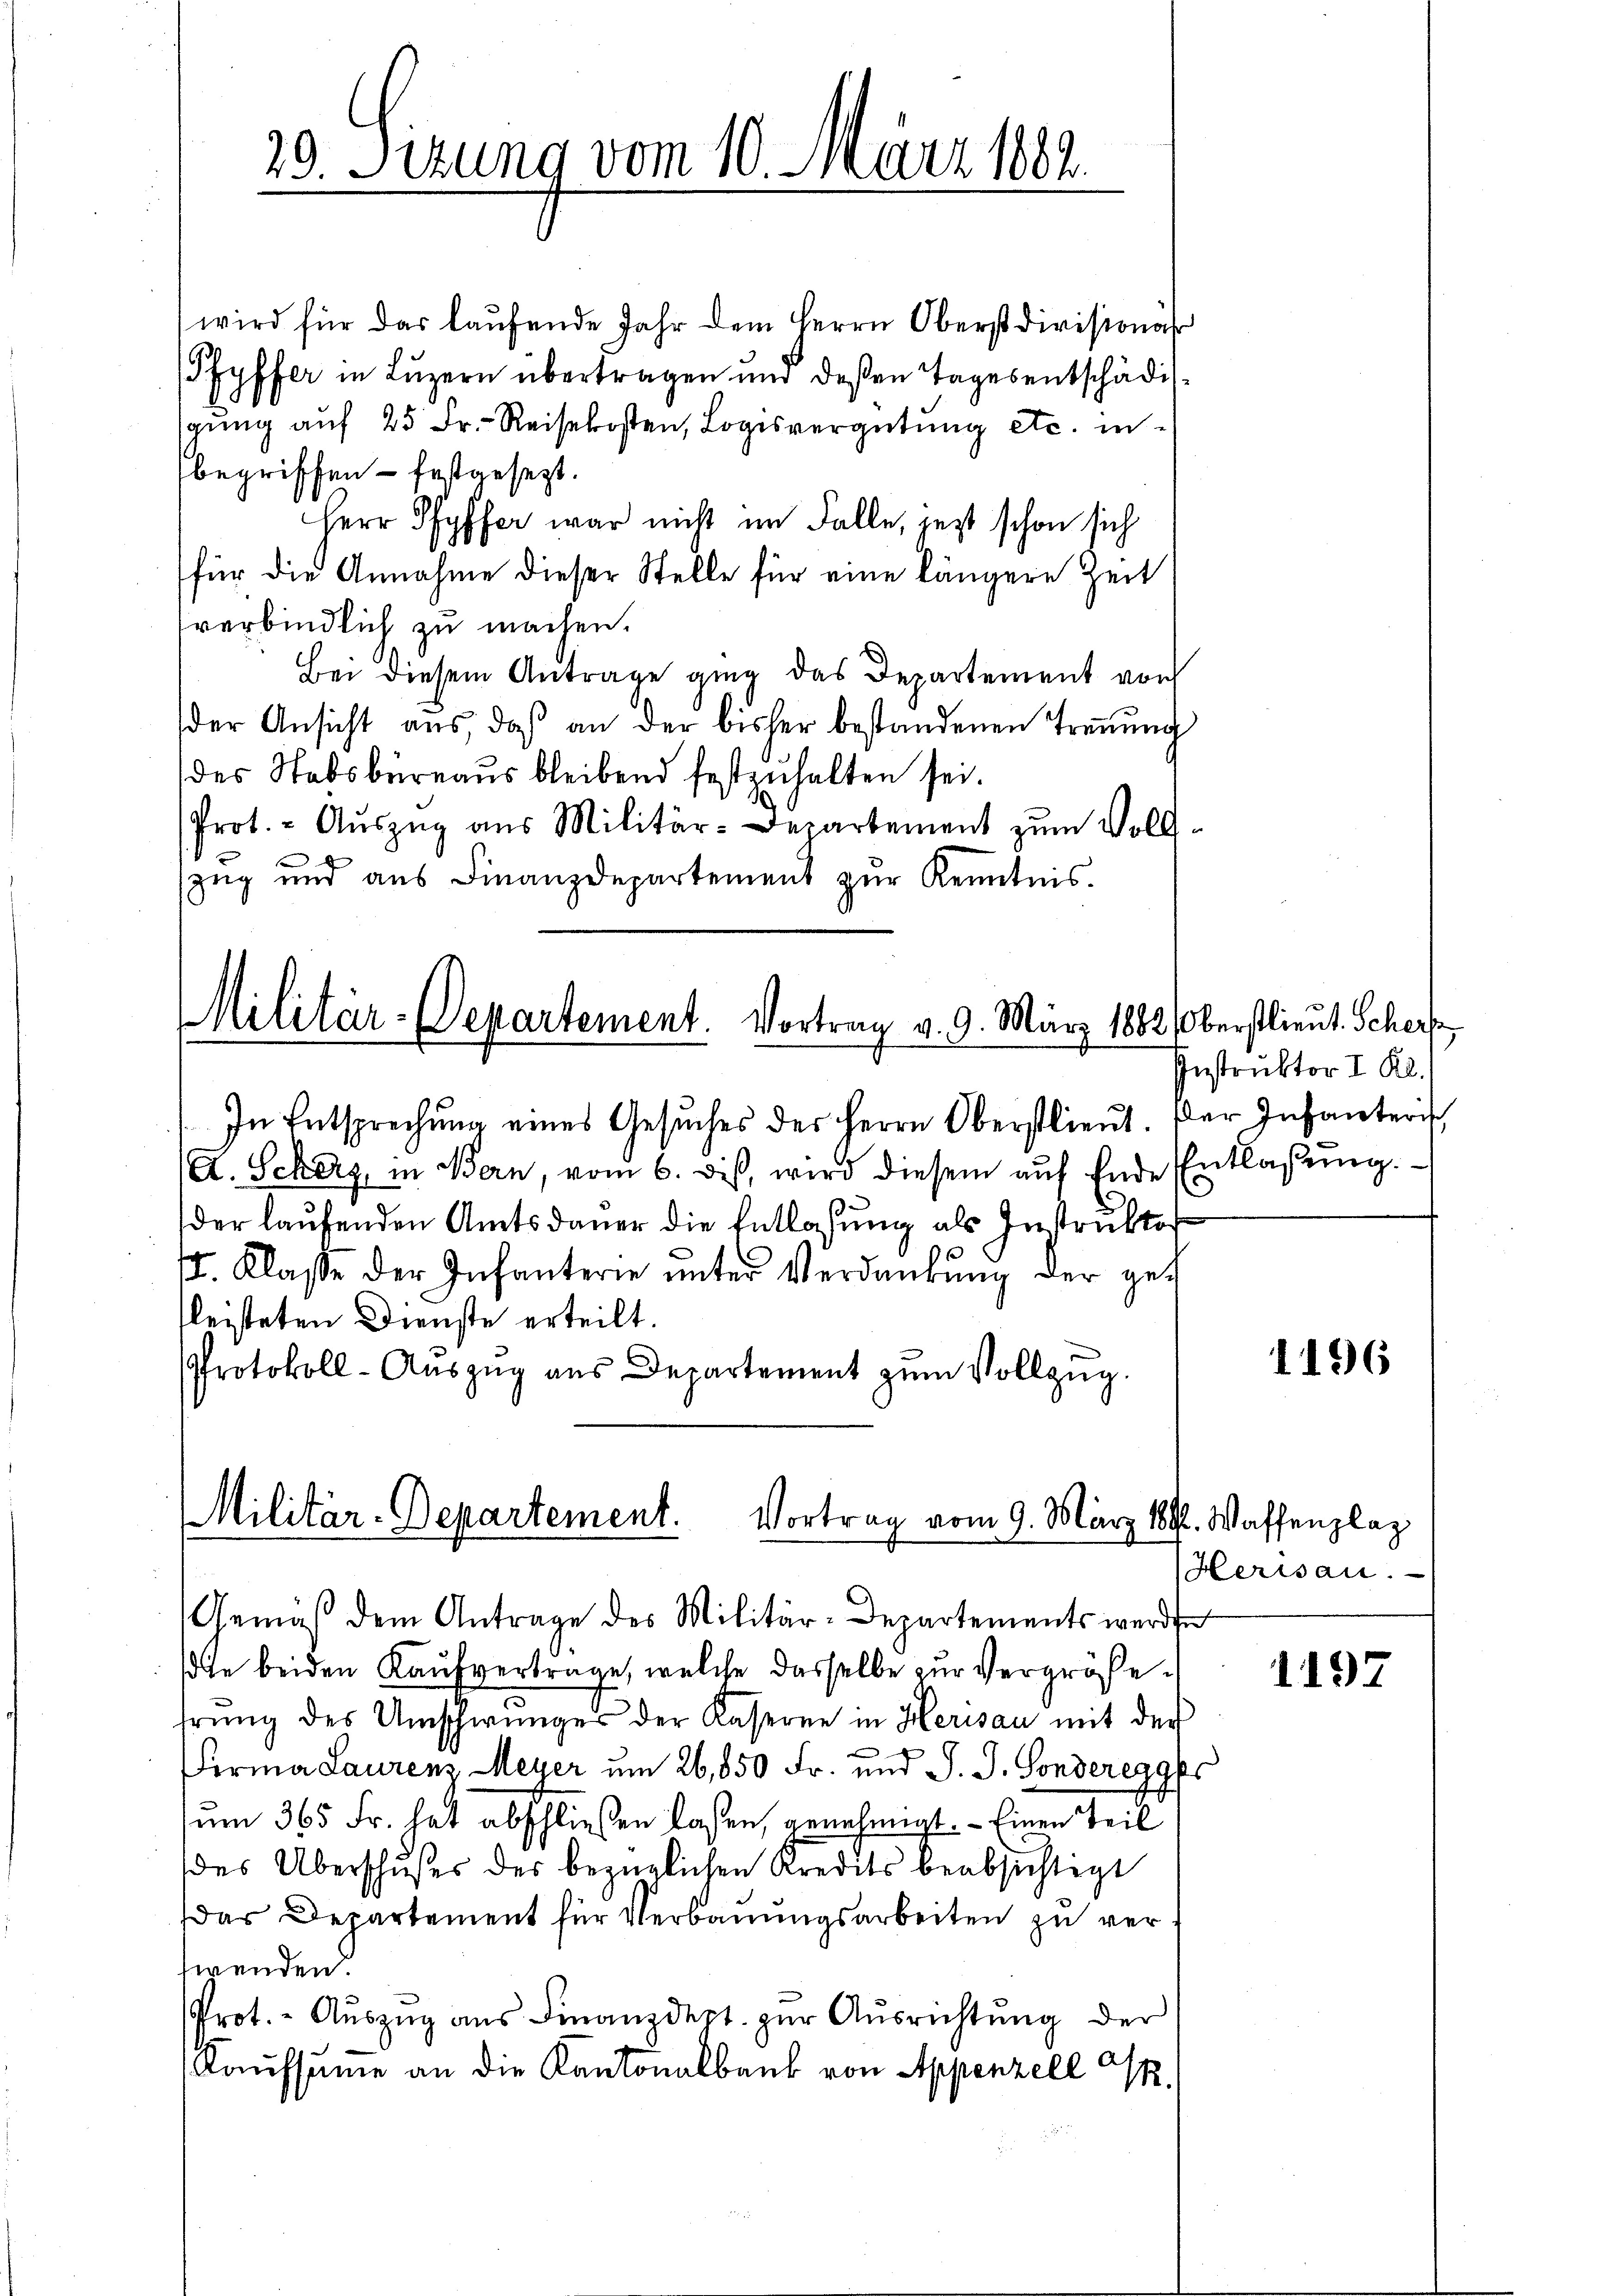
20. Sitzung vom 10. März 1882.

Militär-Departement. Vortrag v. 9. März 1882, Oberstlieut. Schere

wird für das laŭfende Jahr dem Herrn Oberstdivisionär
Pfyffer in Luzern übertragen und deßen Tages entschädigŭng aŭf 25 Fr. Reisekosten, Logisvergütŭng etc. in
begriffen - festgesezt.
Herr Pfyffer war nicht im Falle, jetzt schon sich
für die Annahme dieser Stelle für eine längere Zeit
verbindlich zu machen.
Bei diesem Antrage ging das Departement von
der Ansicht aus, daβ an der bisher bestandenen Trennung
des Stabsbureaus bleibend festzuhalten sei.
Prot. - Aŭszŭg aŭs Militär-Departement zŭm Voll-
zug und aŭs Finanzdepartement zŭr Kenntnis.

In Entsprechung eines Gesuches des Herrn Oberstlieut. Der Infanterisch
A. Scherz, in Bern, vom 6. dis, wird diesem auf Ende Entlaßung.
der laufenden Amtsdauer die Entlaßung als Instruktor
. Klasse der Infanterie ŭnter Verdankŭng der gefleisteten Dienste erteilt.
Protokoll-Aŭszŭg aŭs Departement zŭm Vollzug.

Militär-Departement. Vortrag vom 9. März 18

Gemäß dem Antrage des Militär-Departements werde

Instruktor I. Kl.

ote beiden Kaufvertrage, welche dasselbe zur Vergrößehrung des Umschwunges der Kaserne in Herisau mit der
Firma Laurenz Meyer um 26,850 Fr. und J. J. Sonderegges
um 365 Fr. hat abschließen lassen, genehmigt. – Einen Teil
des Überschußes des bezüglichen Kredits beabsichtigt
Das Departement für Verbauungsarbeiten zu verwenden.
Prot. - Aŭszŭg aŭs Finanzdept. zŭr Aŭsrichtŭng der
Kaufsumme an die Kantonalbank von Appenzell A.

1196

H. Waffenplaz
Herisau.

1137